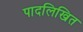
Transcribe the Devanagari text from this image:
पादलिखित